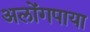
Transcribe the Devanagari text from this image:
अलोंगपाया